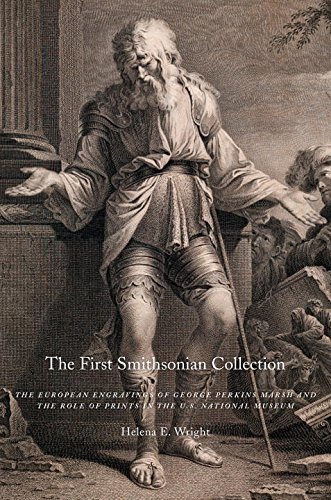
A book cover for The First Smithsonian Collection: The European Engravings of George Perkins Marsh and the Role of Prints in the U.S. National Museum; Helena Wright; Arts & Photography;